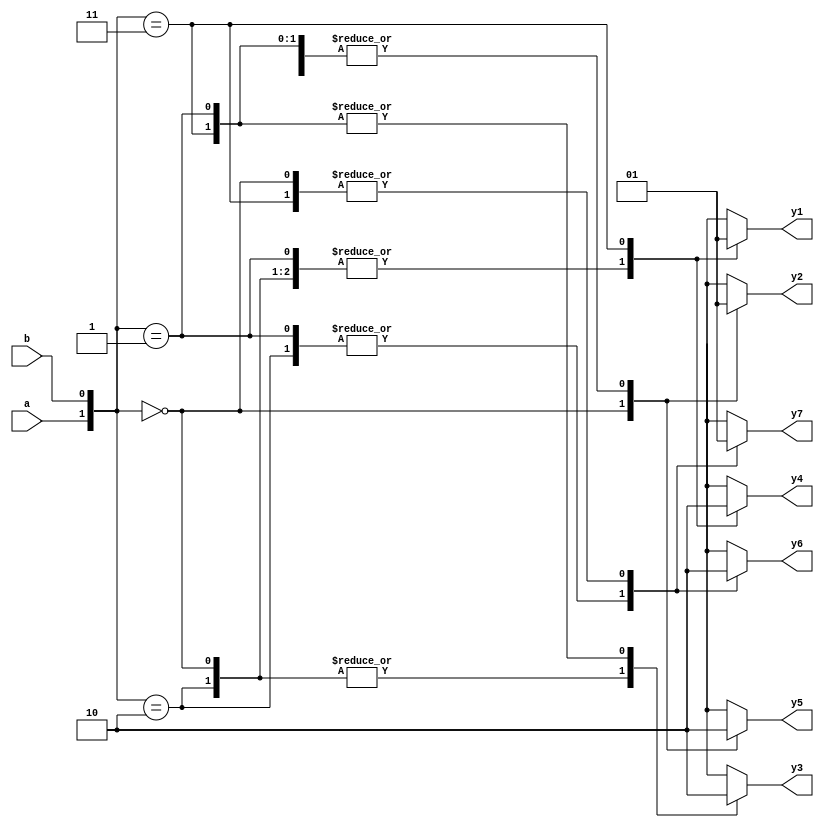
`timescale 1ns / 1ps
//////////////////////////////////////////////////////////////////////////////////
// Company: 
// Engineer: 
// 
// Design Name: 
// Module Name:    Blogicgates 
// Project Name: 
// Target Devices: 
// Tool versions: 
// Description: 
//
// Dependencies: 
//
// Revision: 
// Revision 0.01 - File Created
// Additional Comments: 
//
//////////////////////////////////////////////////////////////////////////////////
module Blogicgates(y1,y2,y3,y4,y5,y6,y7,a,b
    );
input a,b;
output y1,y2,y3,y4,y5,y6,y7; 
reg y1,y2,y3,y4,y5,y6,y7; 
always@(a,b)
begin
case({a,b})
2'b00:begin y1=0; y2=0; y3=1; y4=1; y5=1; y6=0; y7=1; end
2'b01:begin y1=0; y2=1; y3=0; y4=1; y5=0; y6=1; y7=0; end
2'b10:begin y1=0; y2=1; y3=1; y4=1; y5=0; y6=1; y7=0; end
2'b11:begin y1=1; y2=1; y3=0; y4=0; y5=0; y6=0; y7=1; end
default: begin y1=1'bx; y2=1'bx; y3=1'bx; y4=1'bx; y5=1'bx; y6=1'bx; y7=1'bx; end
endcase
end
endmodule